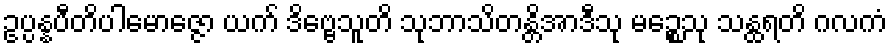
ဥပ္ပန္နပီတိပါမောဇ္ဇော ယက် ဒိဗ္ဗေသူတိ သုဘာသိတန္တိအာဒီသု မဉ္စေသု သန္ထရတိ ဂလကံ